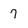
Character: 7